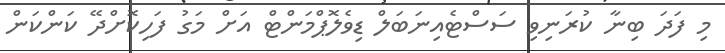
މި ފަދަ ބިނާ ކުރަނިވި ސަސްޓެއިނަބަލް ޑިވެލޮޕްމަންޓް އަށް މަގު ފަހިކޮށްދޭ ކަންކަން